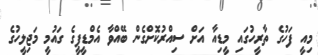
މިއީ ފަހުގެ ތާރީހުގައި މީޑިއާ އަށް ސިއްރުކޮށްގެން ބޭއްވާ އެމްޑީޕީގެ ގައުމީ މަޖިލީހުގެ